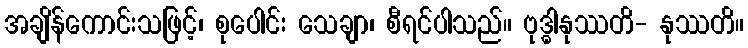
အချိန်ကောင်းသဖြင့်၊ စုပေါင်း သေချာ၊ စီရင်ပါသည်။ ဗုဒ္ဓါနုဿတိ- နုဿတိ။